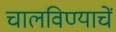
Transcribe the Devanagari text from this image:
चालविण्याचें